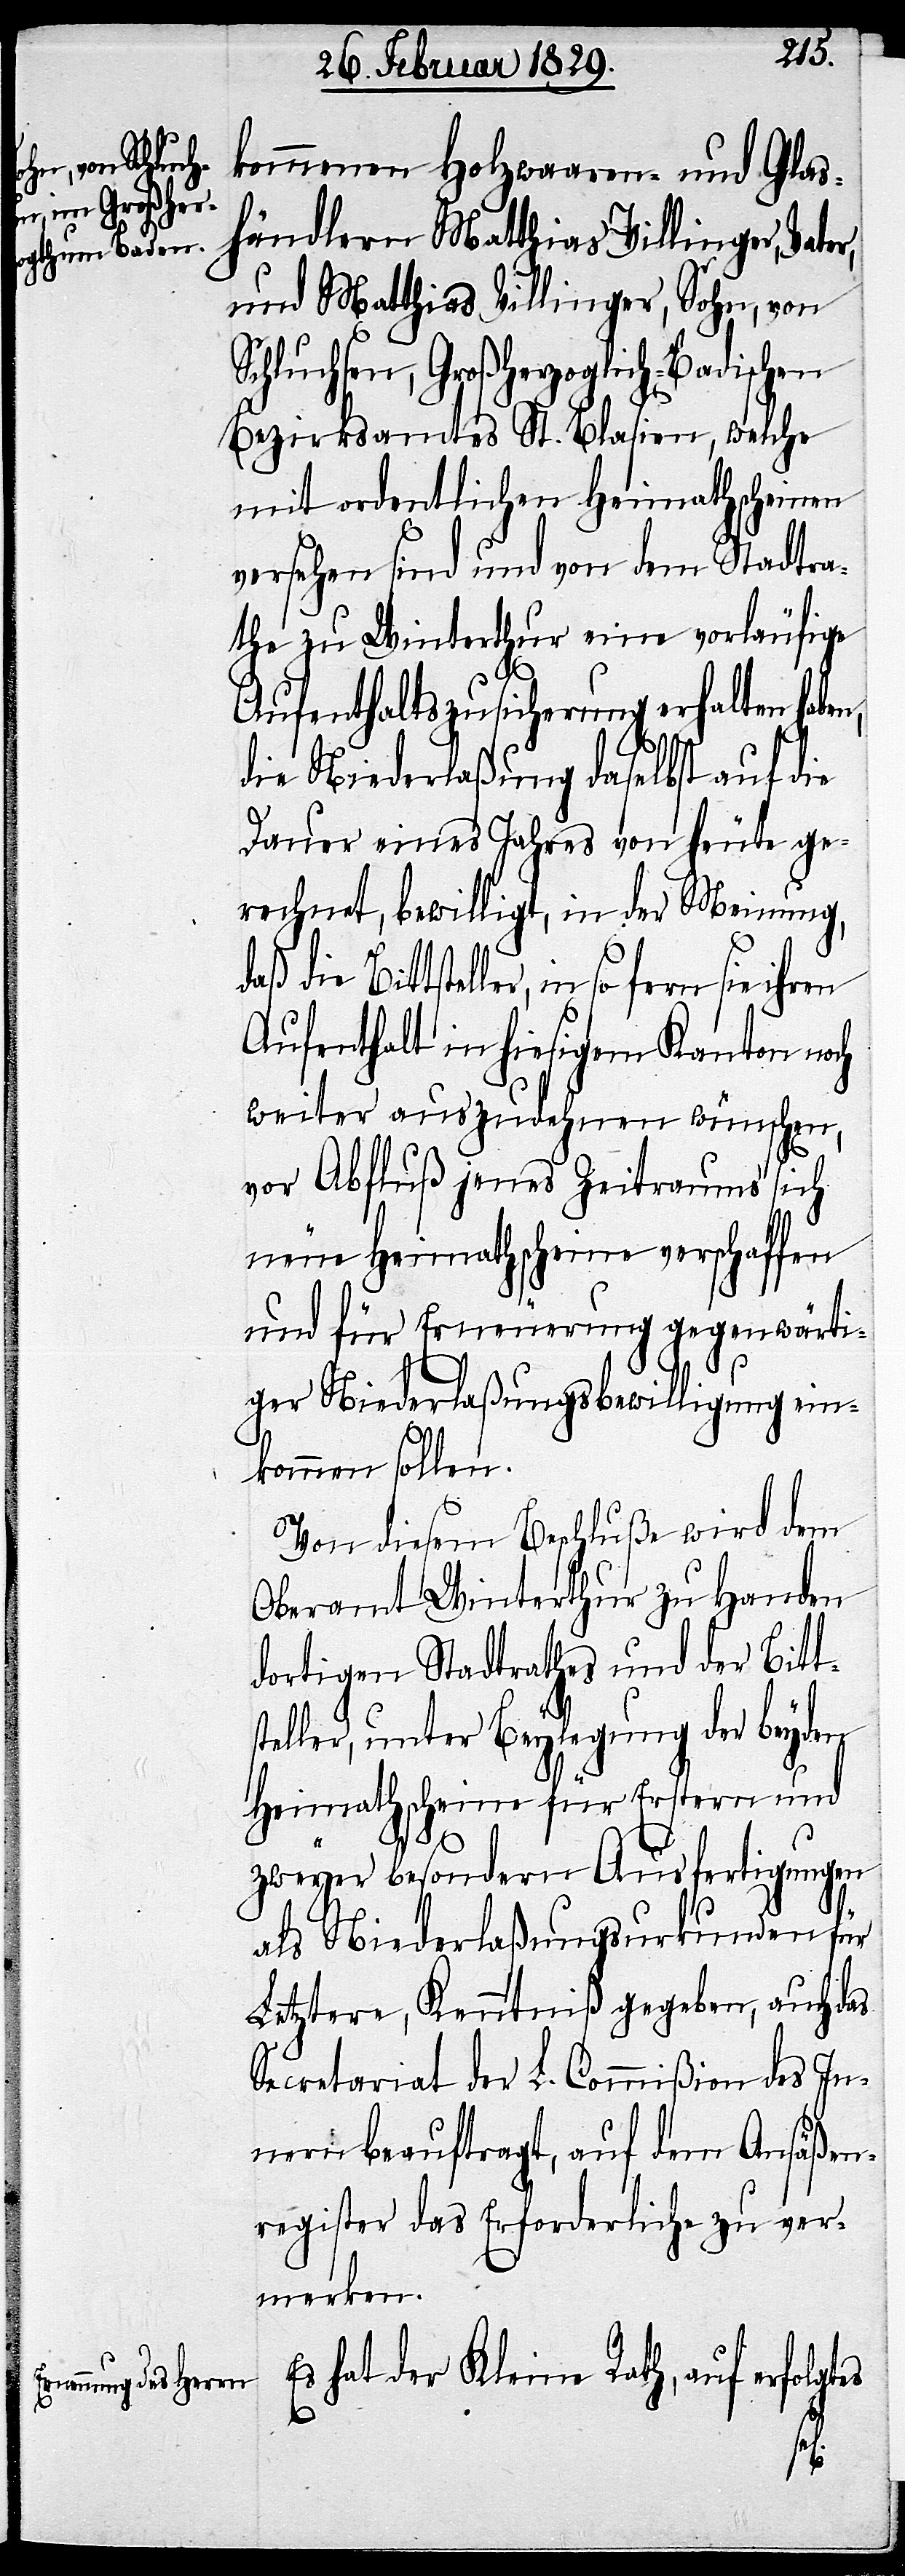
kommenen Holzwaaren- und Glas¬
händler Matthias Villinger, Vate¬
und Matthias Villinger, Sohn, von
Schluchsen, Großherzoglich-Badischen
Bezirksamtes St. Blasien, welche
mit ordentlichen Heimathscheinen
versehen sind und von dem Stadtra¬
the zu Winterthur eine vorläufige
Aufenthaltsbewilligung erhalten haben,
die Niederlaßung daselbst auf die
Dauer eines Jahres von heute ge¬
rechnet, bewilligt, in der Meinung,
daß die Bittsteller, in so fern
Aufenthalt in hiesigem Kanton noch
weiter auszudehnen wünschen,
vor Abfluß jenes Zeitraums sich
neue Heimathscheine verschaffen
und für Erneuerung gegenwärti¬
ger Niederlaßungsbewilligung ein¬
kommen sollen.
Von diesem Beschluße wird dem
Oberamt Winterthur zu Handen
dortigen Stadtrathes und der Bitt¬
steller, unter Beylegung der beyden
Heimathscheine für Erstern und
zweyer besondern Ausfertigungen
r,
als Niederlaßungsurkunden für
Letztere, Kenntniß gegeben, auch das
Secretariat der L. Commißion des In¬
nern beauftragt, auf dem Ansäßen¬
register das Erforderliche zu ver¬
merken.
Es hat der Kleine Rath, auf erfolgt¬
es